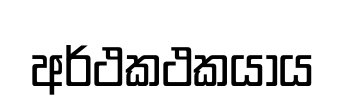
අර්ථකථකයාය